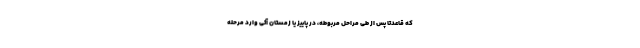
که قاعدتا پس از طی مراحل مربوطه، در پاییز یا زمستان آتی وارد مرحله